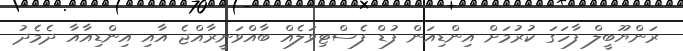
ރަންޔޫބީލް ފާހަގަ ކުރުމަށް އިންޑިއަން ފުޑް ފެސްޓިވަލެއް ބާއްވަނީރާއްޖެ އާއި އިންޑިއާއާ ދެމެދު